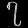
Digit: ၇